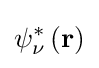
\psi _{\nu }^{*}\left(\mathbf {r} \right)